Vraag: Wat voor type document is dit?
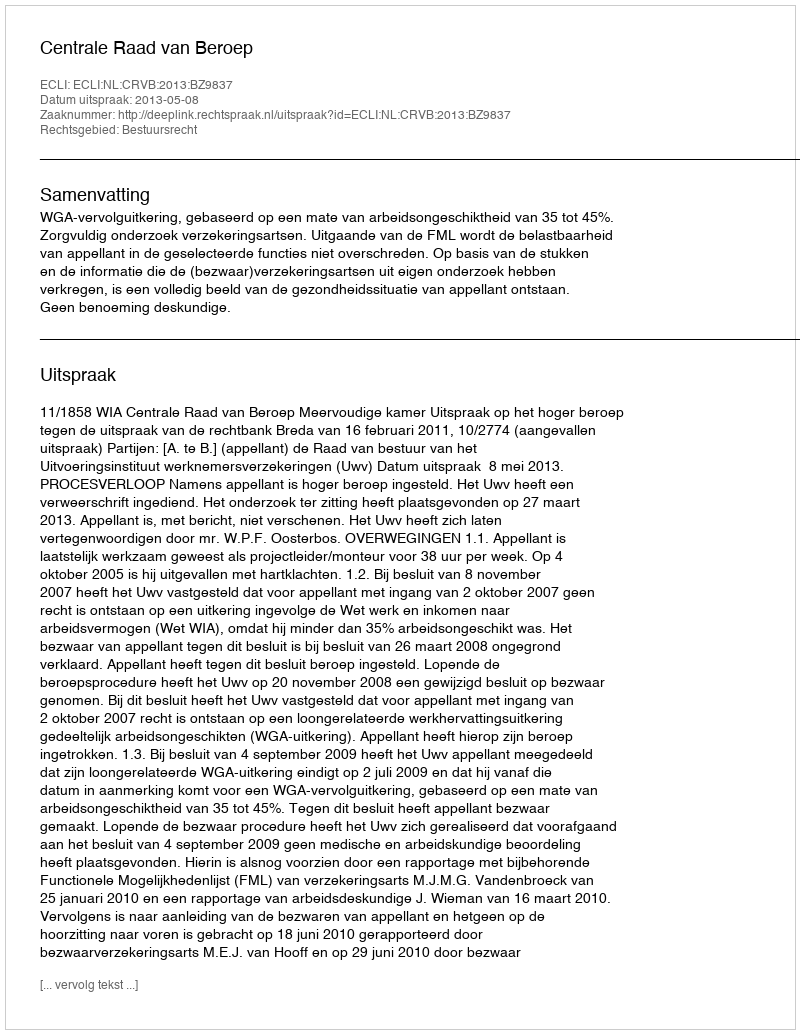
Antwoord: Uitspraak